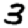
Digit: 3